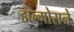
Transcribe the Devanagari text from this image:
हाल्मोसने